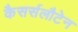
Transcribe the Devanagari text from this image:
कैसर्सलौटेन